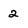
Character: 2